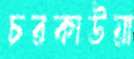
চরকাউয়া